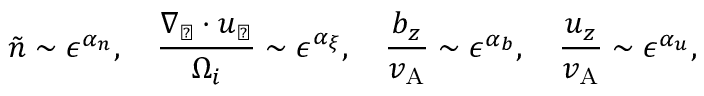
\tilde { n } \sim \epsilon ^ { \alpha _ { n } } , \quad \frac { \nabla _ { \perp } \cdot \boldsymbol { u } _ { \perp } } { \Omega _ { i } } \sim \epsilon ^ { \alpha _ { \xi } } , \quad \frac { b _ { z } } { v _ { \mathrm { A } } } \sim \epsilon ^ { \alpha _ { b } } , \quad \frac { u _ { z } } { v _ { \mathrm { A } } } \sim \epsilon ^ { \alpha _ { u } } ,